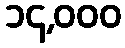
၁၄,၀၀၀